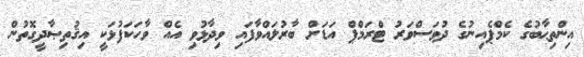
އިންތިޙާބުގެ ކެމްޕެއިނުގެ ދުވަސްވަރު ޓްރަމްޕް އަޑަށް ބާރުލައްވާފައި ވިދާޅުވި އެއް ވާހަކަފުޅަކީ އިޤުތިޞާދީގޮތުން